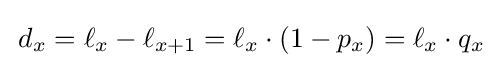
\,d_{x}=\ell _{x}-\ell _{x+1}=\ell _{x}\cdot (1-p_{x})=\ell _{x}\cdot q_{x}